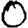
Digit: 0